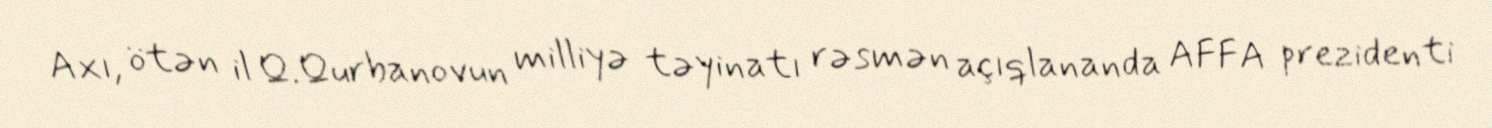
Axı, ötən il Q.Qurbanovun milliyə təyinatı rəsmən açıqlananda AFFA prezidenti